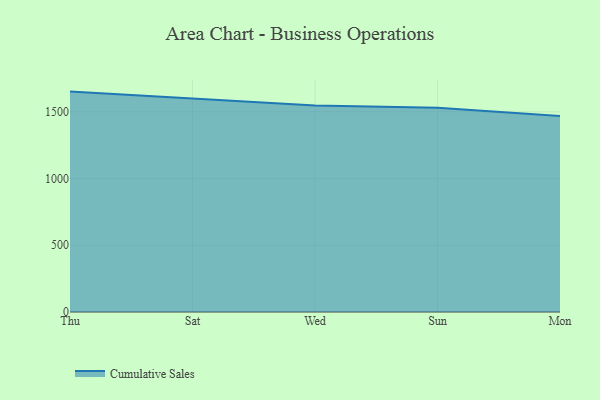
{"axis": {"x": "Day", "y": "Net Income (USD K)"}, "legend": ["Cumulative Sales"], "data": [{"x": "Thu", "y": 1651.8, "type": "Cumulative Sales"}, {"x": "Sat", "y": 1601.5, "type": "Cumulative Sales"}, {"x": "Wed", "y": 1547.3, "type": "Cumulative Sales"}, {"x": "Sun", "y": 1530.6, "type": "Cumulative Sales"}, {"x": "Mon", "y": 1469.7, "type": "Cumulative Sales"}]}